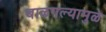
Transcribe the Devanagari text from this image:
बाळगल्यामुळे